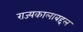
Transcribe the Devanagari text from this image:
राज्यकालाबद्दल